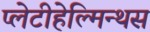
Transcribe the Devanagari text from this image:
प्लेटीहेल्मिन्थस